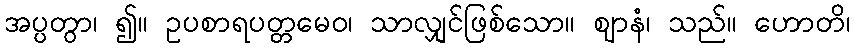
အပ္ပတွာ၊ ၍။ ဥပစာရပတ္တမေဝ၊ သာလျှင်ဖြစ်သော။ ဈာနံ၊ သည်။ ဟောတိ၊